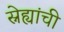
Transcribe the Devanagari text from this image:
स्नेह्यांची